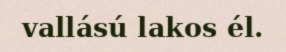
vallású lakos él.